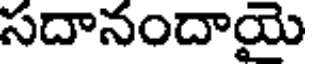
సదానందాయై